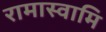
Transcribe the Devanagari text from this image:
रामास्वामि